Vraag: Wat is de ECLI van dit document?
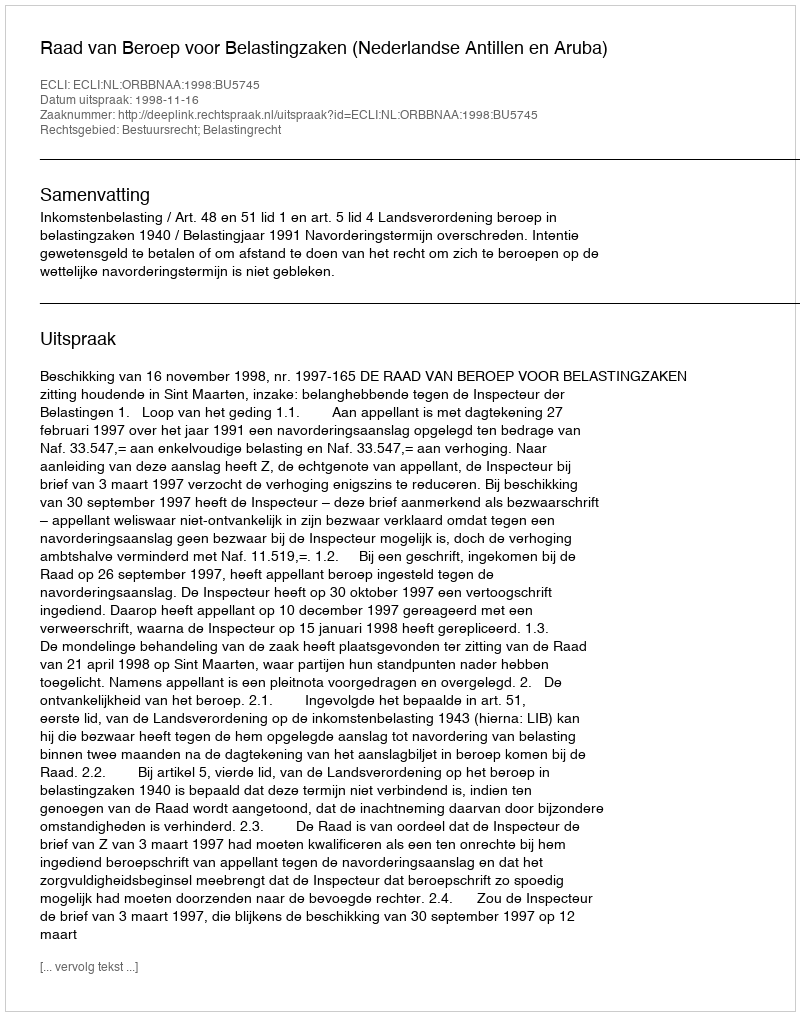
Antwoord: ECLI:NL:ORBBNAA:1998:BU5745